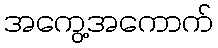
အကွေ့အကောက်